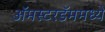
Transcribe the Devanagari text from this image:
अॅमस्टरडॅममध्ये